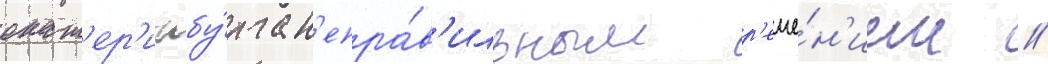
екат'ер'инбу́рга н'епра́в'ильным р'еше́н'ием //